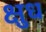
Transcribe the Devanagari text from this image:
क्षुध